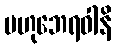
ဗဟုဘေရဝါနိ